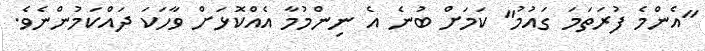
"އެންމެ ފުރަތަމަ ގައުމު" ކަމަށް ބުނެ އެ ނިންމުމާ އެއްކޮޅަށް ވާހަކަ ދައްކަމުންނެވެ.